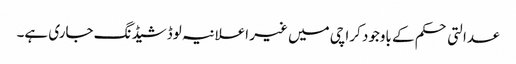
عدالتی حکم کے باوجود کراچی میں غیر اعلانیہ لوڈشیڈنگ جاری ہے۔